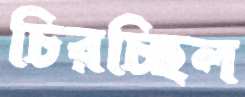
চিরচ্ছিল